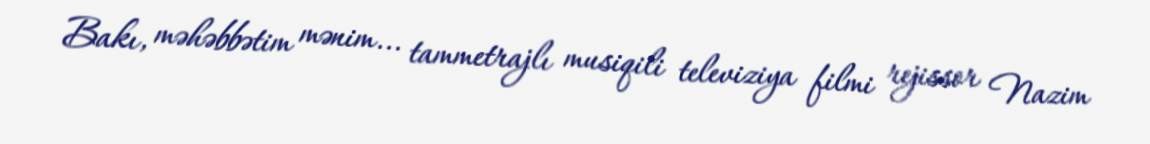
Bakı, məhəbbətim mənim... tammetrajlı musiqili televiziya filmi rejissor Nazim